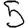
Digit: 5